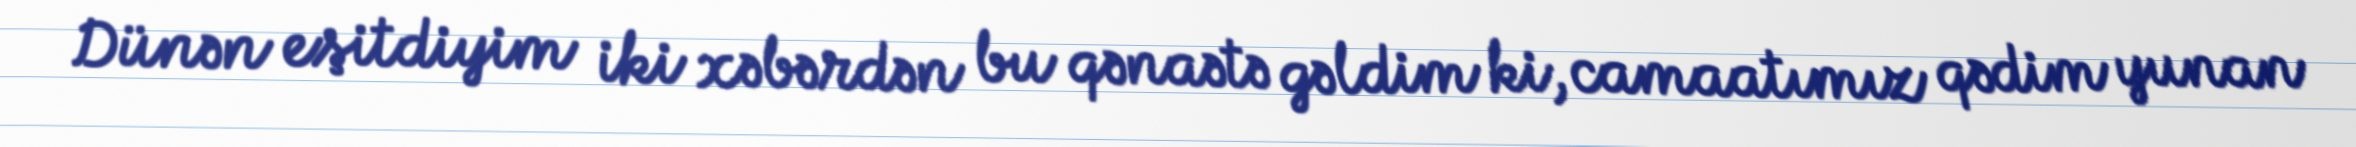
Dünən eşitdiyim iki xəbərdən bu qənaətə gəldim ki, camaatımız qədim yunan